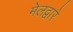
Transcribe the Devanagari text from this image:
मेलद्वारे